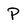
Character: P